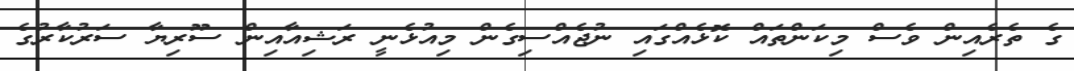
ގެ ތެރެއިން ވެސް މިކަންތައް ކޮޅެއްގައި ނުޖެއްސިގެން މިއުޅެނީ ރަޝިއާއިން ސޫރިޔާ ސަރުކާރުގެ